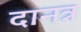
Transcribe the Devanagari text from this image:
दानत्र